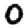
Digit: 0